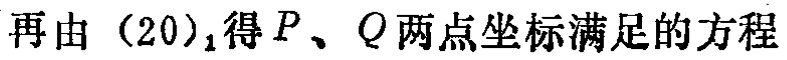
再由\((20)_1\)得\(P\)、\(Q\)两点坐标满足的方程